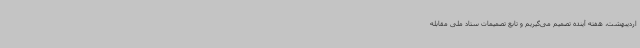
اردیبهشت، هفته آینده تصمیم می‌گیریم و تابع تصمیمات ستاد ملی مقابله